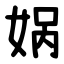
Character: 娲